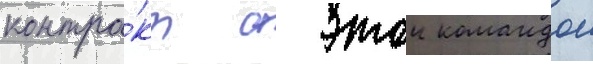
контра́кт с этои командои